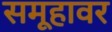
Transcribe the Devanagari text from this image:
समूहावर